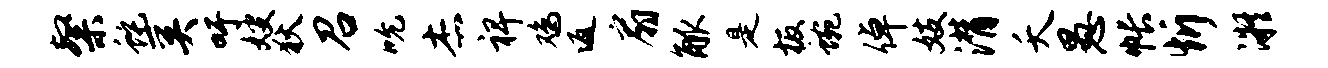
粲蛇奚吁嫂狄召吮杰裨鸡返扇觚是板蜿倬妓潸夭愚帐忻凝